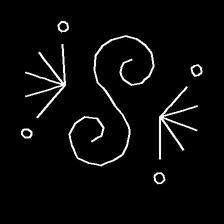
Glyph: aeroform